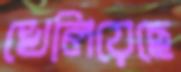
খেলিয়েছে